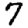
Digit: 7